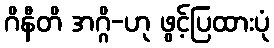
ဂိနီတိ အဂ္ဂိ-ဟု ဖွင့်ပြထားပုံ